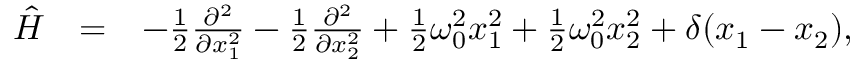
\begin{array} { r l r } { \hat { H } } & { = } & { - \frac { 1 } { 2 } \frac { \partial ^ { 2 } } { \partial x _ { 1 } ^ { 2 } } - \frac { 1 } { 2 } \frac { \partial ^ { 2 } } { \partial x _ { 2 } ^ { 2 } } + \frac { 1 } { 2 } \omega _ { 0 } ^ { 2 } x _ { 1 } ^ { 2 } + \frac { 1 } { 2 } \omega _ { 0 } ^ { 2 } x _ { 2 } ^ { 2 } + \delta ( x _ { 1 } - x _ { 2 } ) , \; \; \; \; \; \; \; } \end{array}